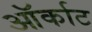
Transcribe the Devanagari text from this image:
ऑर्काट